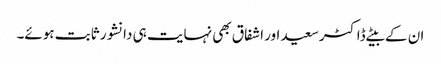
ان کے بیٹے ڈاکٹرسعید اور اشفاق بھی نہایت ہی دانشور ثابت ہوئے۔